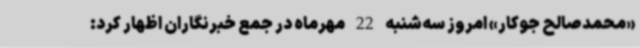
«محمدصالح جوکار» امروز سه‌شنبه 22 مهرماه در جمع خبرنگاران اظهار کرد: